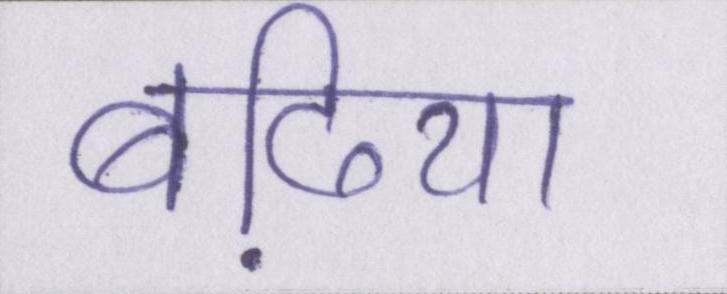
बढि़या